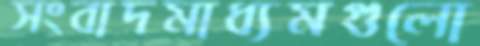
সংবাদমাধ্যমগুলো